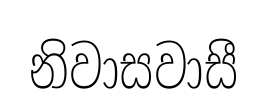
නිවාසවාසී